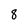
Character: 8